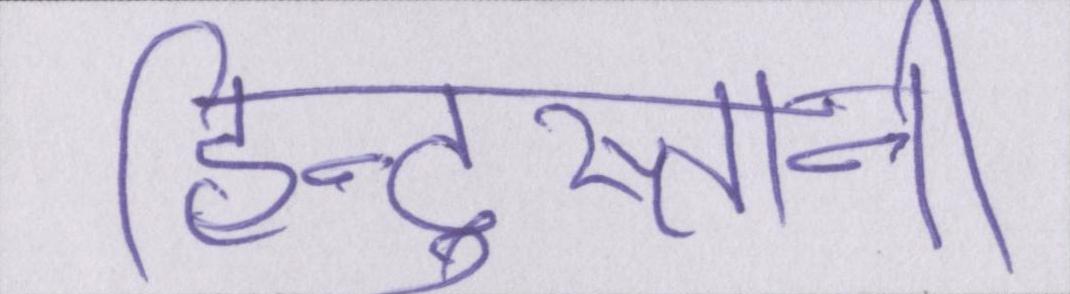
हिन्दुस्तानी